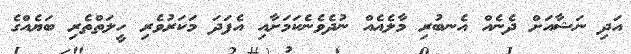
އަދި ނަޝާއަށް ދެނެއް އެނބުރި މާލެއެއް ނުދެވެނެކަމަށާއި އެފަދަ މަކަރުވެރި ހީލަތްތެރި ބަޔެއްގެ